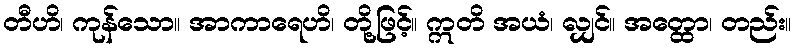
တီဟိ၊ ကုန်သော။ အာကာရေဟိ၊ တို့ဖြင့်။ ဣတိ အယံ၊ လျှင်။ အတ္ထော၊ တည်း။